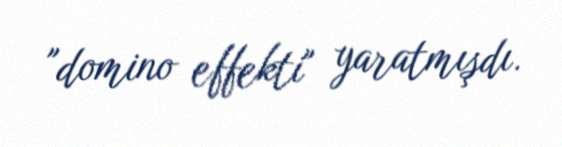
"domino effekti" yaratmışdı.